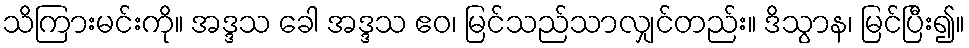
သိကြားမင်းကို။ အဒ္ဒသ ခေါ အဒ္ဒသ ဧဝ၊ မြင်သည်သာလျှင်တည်း။ ဒိသွာန၊ မြင်ပြီး၍။